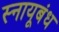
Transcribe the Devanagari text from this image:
स्नायूबंध